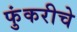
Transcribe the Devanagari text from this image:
फुंकरीचे